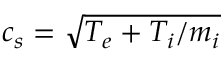
c _ { s } = \sqrt { T _ { e } + T _ { i } / m _ { i } }